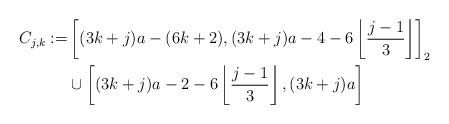
LaTeX: \begin{align*}C_{j,k} := & \left[(3 k + j) a - (6k+2), (3 k + j) a - 4 - 6 \left\lfloor \frac{j-1}{3} \right\rfloor \right]_2 \\& \cup \left[(3k+j) a - 2 - 6 \left\lfloor \frac{j-1}{3} \right\rfloor, (3 k + j) a \right]\end{align*}